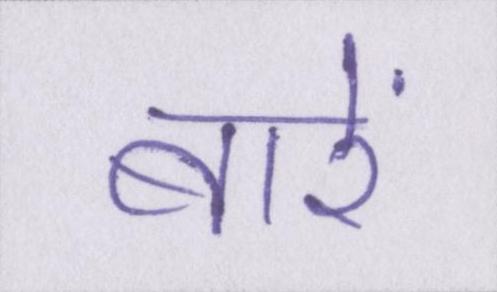
बारें